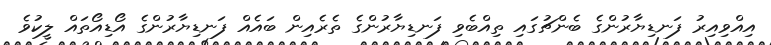
އިއްވިއިރު ފަނޑިޔާރުންގެ ބެންޗުގައި ތިއްބެވި ފަނޑިޔާރުންގެ ތެރެއިން ބައެއް ފަނޑިޔާރުންގެ އޯޑިއޯތައް ލީކުވެ